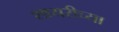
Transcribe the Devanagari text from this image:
शायरीच्या